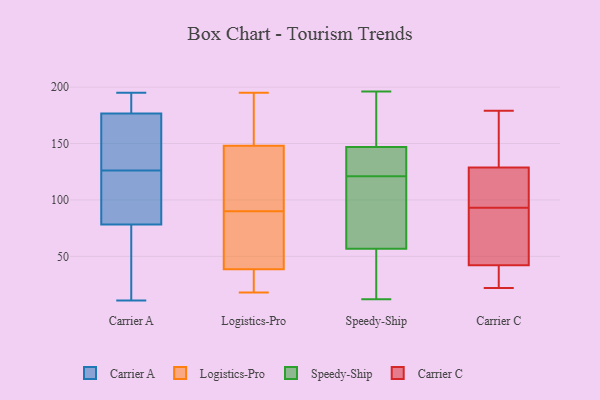
{"axis": {"x": "Website Visitors", "y": "Value"}, "legend": ["Carrier A", "Carrier C", "Logistics-Pro", "Speedy-Ship"], "data": [{"x": "", "y": 79, "type": "Carrier A"}, {"x": "", "y": 33, "type": "Carrier A"}, {"x": "", "y": 139, "type": "Carrier A"}, {"x": "", "y": 122, "type": "Carrier A"}, {"x": "", "y": 78, "type": "Carrier A"}, {"x": "", "y": 189, "type": "Carrier A"}, {"x": "", "y": 148, "type": "Carrier A"}, {"x": "", "y": 169, "type": "Carrier A"}, {"x": "", "y": 187, "type": "Carrier A"}, {"x": "", "y": 47, "type": "Carrier A"}, {"x": "", "y": 90, "type": "Carrier A"}, {"x": "", "y": 126, "type": "Carrier A"}, {"x": "", "y": 149, "type": "Carrier A"}, {"x": "", "y": 11, "type": "Carrier A"}, {"x": "", "y": 179, "type": "Carrier A"}, {"x": "", "y": 34, "type": "Carrier A"}, {"x": "", "y": 183, "type": "Carrier A"}, {"x": "", "y": 100, "type": "Carrier A"}, {"x": "", "y": 195, "type": "Carrier A"}, {"x": "", "y": 27, "type": "Logistics-Pro"}, {"x": "", "y": 179, "type": "Logistics-Pro"}, {"x": "", "y": 33, "type": "Logistics-Pro"}, {"x": "", "y": 22, "type": "Logistics-Pro"}, {"x": "", "y": 67, "type": "Logistics-Pro"}, {"x": "", "y": 137, "type": "Logistics-Pro"}, {"x": "", "y": 137, "type": "Logistics-Pro"}, {"x": "", "y": 23, "type": "Logistics-Pro"}, {"x": "", "y": 195, "type": "Logistics-Pro"}, {"x": "", "y": 91, "type": "Logistics-Pro"}, {"x": "", "y": 111, "type": "Logistics-Pro"}, {"x": "", "y": 89, "type": "Logistics-Pro"}, {"x": "", "y": 158, "type": "Logistics-Pro"}, {"x": "", "y": 168, "type": "Logistics-Pro"}, {"x": "", "y": 138, "type": "Logistics-Pro"}, {"x": "", "y": 18, "type": "Logistics-Pro"}, {"x": "", "y": 180, "type": "Logistics-Pro"}, {"x": "", "y": 79, "type": "Logistics-Pro"}, {"x": "", "y": 83, "type": "Logistics-Pro"}, {"x": "", "y": 44, "type": "Logistics-Pro"}, {"x": "", "y": 12, "type": "Speedy-Ship"}, {"x": "", "y": 56, "type": "Speedy-Ship"}, {"x": "", "y": 144, "type": "Speedy-Ship"}, {"x": "", "y": 121, "type": "Speedy-Ship"}, {"x": "", "y": 38, "type": "Speedy-Ship"}, {"x": "", "y": 106, "type": "Speedy-Ship"}, {"x": "", "y": 177, "type": "Speedy-Ship"}, {"x": "", "y": 57, "type": "Speedy-Ship"}, {"x": "", "y": 156, "type": "Speedy-Ship"}, {"x": "", "y": 196, "type": "Speedy-Ship"}, {"x": "", "y": 124, "type": "Speedy-Ship"}, {"x": "", "y": 92, "type": "Speedy-Ship"}, {"x": "", "y": 134, "type": "Speedy-Ship"}, {"x": "", "y": 179, "type": "Carrier C"}, {"x": "", "y": 131, "type": "Carrier C"}, {"x": "", "y": 120, "type": "Carrier C"}, {"x": "", "y": 131, "type": "Carrier C"}, {"x": "", "y": 49, "type": "Carrier C"}, {"x": "", "y": 42, "type": "Carrier C"}, {"x": "", "y": 122, "type": "Carrier C"}, {"x": "", "y": 93, "type": "Carrier C"}, {"x": "", "y": 77, "type": "Carrier C"}, {"x": "", "y": 179, "type": "Carrier C"}, {"x": "", "y": 23, "type": "Carrier C"}, {"x": "", "y": 43, "type": "Carrier C"}, {"x": "", "y": 22, "type": "Carrier C"}, {"x": "", "y": 104, "type": "Carrier C"}, {"x": "", "y": 23, "type": "Carrier C"}]}